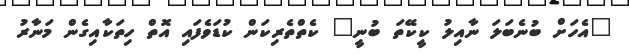
"އެހަށް ބުނެބަލަ ނާއިލު ކީކޭތަ ބުނީ" ކެތްތެރިކަން ކުޑަވެފައި އޮތް ހިތަކާއިގެން މަނާރު